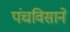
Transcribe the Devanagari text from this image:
पंचविसाने